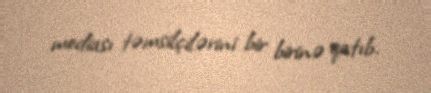
mediası təmsilçilərini bir birinə qatıb.